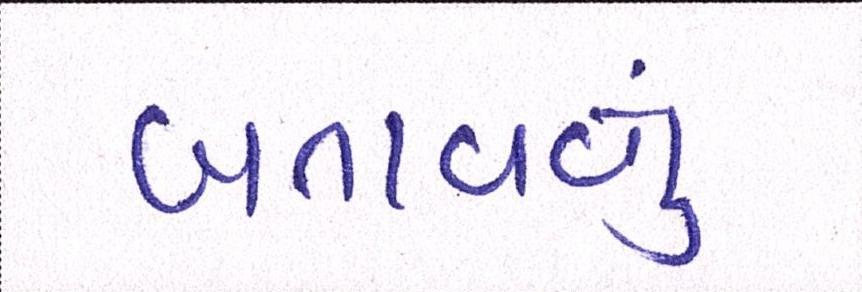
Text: બતાવતું